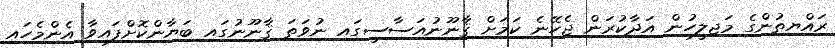
ރައްޔިތުންގެ މަޖިލީހުން އަދާކުރަން ޖެހޭނެ ކަމަށް ޤާނޫނުއަސާސީގައި ނުވަތަ ޤާނޫނުގައި ބަޔާންކޮށްފައިވާ އެންމެހައި